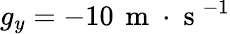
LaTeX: g_{y}=-10\, \mathrm{~m~}\cdot\mathrm{~s~}^{-1}